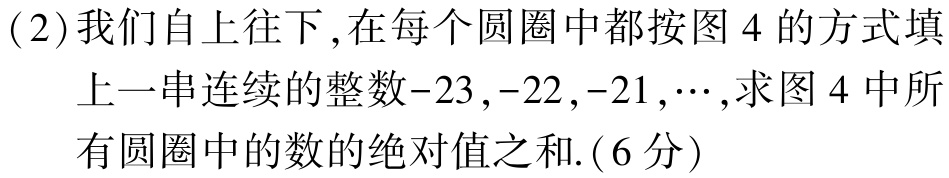
(2)我们自上往下,在每个圆圈中都按图 4 的方式填

上一串连续的整数\(-23,-22,-21,\cdots\),求图 4 中所

有圆圈中的数的绝对值之和.(6分)